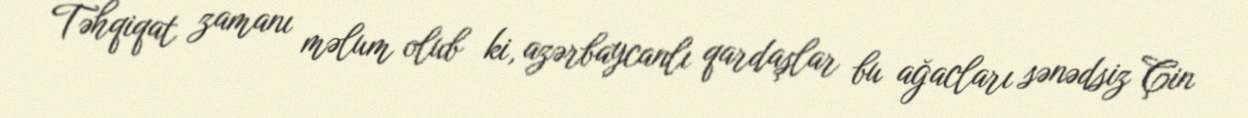
Təhqiqat zamanı məlum olub ki, azərbaycanlı qardaşlar bu ağacları sənədsiz Çin